Scottish Certificate of Education, 1963
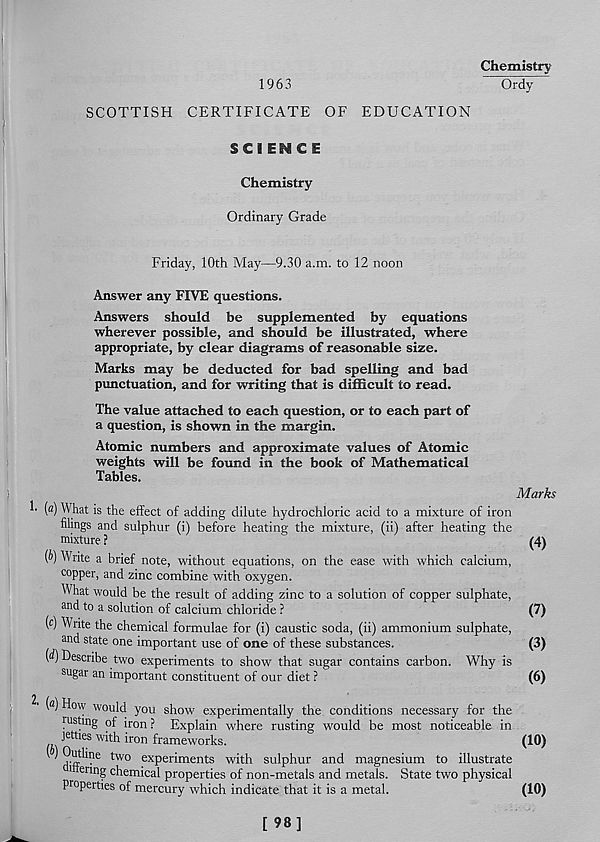
1963
Chemistry
Ordy
SCOTTISH CERTIFICATE OF EDUCATION
SCIENCE
Chemistry
Ordinary Grade
Friday, 10th May—9.30 a.m. to 12 noon
Answer any FIVE questions.
Answers should be supplemented by equations
wherever possible, and should be illustrated, where
appropriate, by clear diagrams of reasonable size.
Marks may be deducted for bad spelling and bad
punctuation, and for writing that is difficult to read.
The value attached to each question, or to each part of
a question, is shown in the margin.
Atomic numbers and approximate values of Atomic
weights will be found in the book of Mathematical
Tables.
Marks
(a) What is the effect of adding dilute hydrochloric acid to a mixture of iron
filings and sulphur (i) before heating the mixture, (ii) after heating the
mixture ?
(4)
(b) Write a brief note, without equations, on the ease with which calcium,
copper, and zinc combine with oxygen.
What would be the result of adding zinc to a solution of copper sulphate,
and to a solution of calcium chloride ?
(7)
(c) Write the chemical formulae for (i) caustic soda, (ii) ammonium sulphate,
and state one important use of one of these substances.
(3)
(<i) Describe two experiments to show that sugar contains carbon. Why is
sugar an important constituent of our diet ?
(6)
(«) How would you show experimentally the conditions necessary for the
rusting of iron ? Explain where rusting would be most noticeable in
... J 6 *- 1168 with iron frameworks.
with sulphur and magnesium to illustrate
. ^
! of non-metals and metals. State two physical
properties of mercury which indicate that it is a metal.
?i tline two experiments
inering chemical Drooerth
(10)
(10)
[ 98]